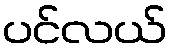
ပင်လယ်